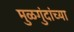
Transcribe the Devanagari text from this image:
मुळगुंदांच्या